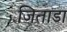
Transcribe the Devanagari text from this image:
जिताडा